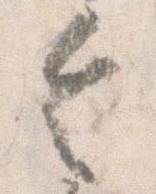
令